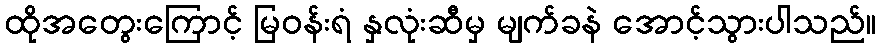
ထိုအတွေးကြောင့် မြဝန်းရံ နှလုံးဆီမှ မျက်ခနဲ အောင့်သွားပါသည်။